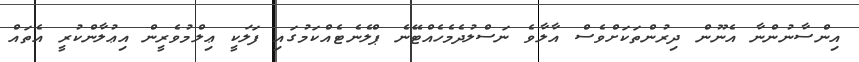
އިންސާނުންނާ އެނޫން ދިރުންތަކަށްވެސް އާލާވެ ނަސްލުދެމެހެއްޓޭނެ ޕްލެނެޓެއްކަމުގައި ފަލަކީ ޢިލްމުވެރީން އިޢުލާންކުރީ އެތައް